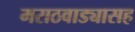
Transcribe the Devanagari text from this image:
मराठवाड्यासह